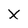
Character: X